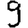
Digit: 9